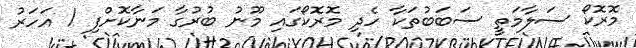
މޮރޮކޯ ސަލާމަތީ ސަބަބުތަކާ ހެދި މޮރޮކޯގައި މޫނު ބުރުގާ މަނާކޮށްފި 1 އަހަރު